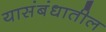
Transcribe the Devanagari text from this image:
यासंबंधातील